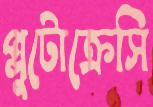
প্লুটোক্রেসি